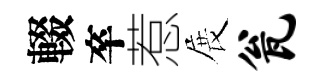
輟卒惹展瓮